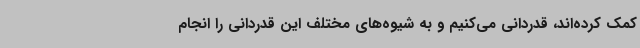
کمک کرده‌اند، قدردانی می‌کنیم و به شیوه‌های مختلف این قدردانی را انجام